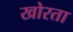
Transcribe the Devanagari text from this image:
खोरता